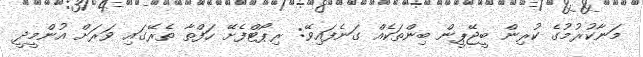
މަނާކުރުމުގެ ކުރިން ބީޖޭޕީން ބިންތަކެއް ގަނެފައިވޭ: ރިޕޯޓްފެށޭ ހަފްތާ ތެރޭގައި ވަރަށް އުންމީދީ